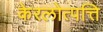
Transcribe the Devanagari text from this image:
केरलोत्पत्ति